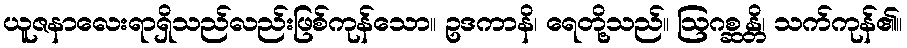
ယူဇနာလေးရာရှိသည်လည်းဖြစ်ကုန်သော။ ဥဒကာနိ၊ ရေတို့သည်။ ဩဂစ္ဆန္တိ၊ သက်ကုန်၏။